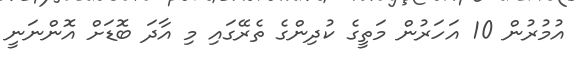
އުމުރުން 10 އަހަރުން މަތީގެ ކުދިންގެ ތެރޭގައި މި އާދަ ބޮޑަށް އޮންނަނީ